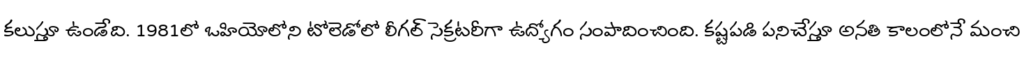
కలుస్తూ ఉండేది. 1981లో ఒహియోలోని టోలెడోలో లీగల్ సెక్రటరీగా ఉద్యోగం సంపాదించింది. కష్టపడి పనిచేస్తూ అనతి కాలంలోనే మంచి